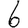
Digit: 6